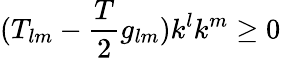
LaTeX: (T_{lm}-\frac{T}{2}g_{lm})k^{l}k^{m}\geq 0